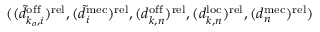
( ( \tilde { d } _ { k _ { o } , i } ^ { \mathrm { o f f } } ) ^ { \mathrm { r e l } } , ( \tilde { d } _ { i } ^ { \mathrm { m e c } } ) ^ { \mathrm { r e l } } , ( d _ { k , n } ^ { \mathrm { o f f } } ) ^ { \mathrm { r e l } } , ( d _ { k , n } ^ { \mathrm { l o c } } ) ^ { \mathrm { r e l } } , ( d _ { n } ^ { \mathrm { m e c } } ) ^ { \mathrm { r e l } } )